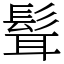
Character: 髶